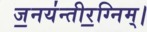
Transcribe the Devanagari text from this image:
ज॒नय॑न्तीर॒ग्निम्।